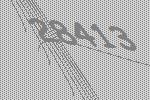
28413